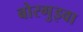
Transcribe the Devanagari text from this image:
बोरगुइवा